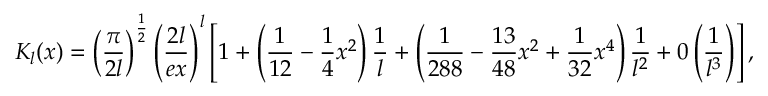
K _ { l } ( x ) = \left( \displaystyle \frac { \pi } { 2 l } \right) ^ { \frac { 1 } { 2 } } \left( \displaystyle \frac { 2 l } { e x } \right) ^ { l } \left[ 1 + \left( \displaystyle \frac { 1 } { 1 2 } - \displaystyle \frac { 1 } { 4 } x ^ { 2 } \right) \displaystyle \frac { 1 } { l } + \left( \displaystyle \frac { 1 } { 2 8 8 } - \displaystyle \frac { 1 3 } { 4 8 } x ^ { 2 } + \displaystyle \frac { 1 } { 3 2 } x ^ { 4 } \right) \displaystyle \frac { 1 } { l ^ { 2 } } + 0 \left( \displaystyle \frac { 1 } { l ^ { 3 } } \right) \right] ,